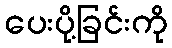
ပေးပို့ခြင်းကို